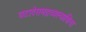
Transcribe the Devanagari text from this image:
घटादेरामद्रव्यस्याग्निना